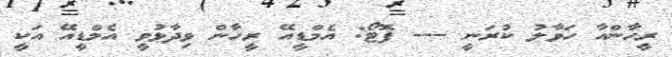
ރީހާންއާ ހަވާލު ކުރަނީ --- ފޮޓޯ: އެމްޑީއޭ ރީހާން ވިދާޅުވީ އެމްޑީއޭ އަކީ